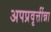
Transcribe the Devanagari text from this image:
अपप्रवृत्तींन्ना